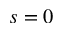
s = 0